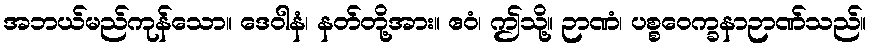
အဘယ်မည်ကုန်သော။ ဒေဝါနံ၊ နတ်တို့အား။ ဧဝံ၊ ဤသို့။ ဉာဏံ၊ ပစ္စဝေက္ခနာဉာဏ်သည်။